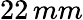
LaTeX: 22\, mm